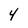
Character: 4